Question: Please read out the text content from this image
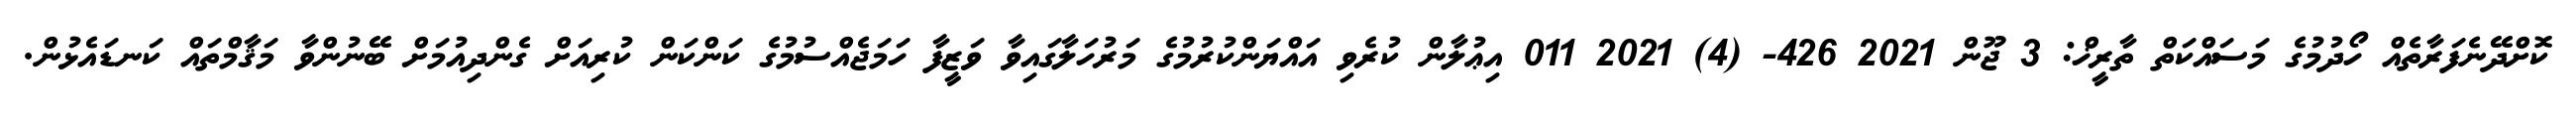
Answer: ކޮށްދޭނެފަރާތެއް ހޯދުމުގެ މަސައްކަތް ތާރީޚް: 3 ޖޫން 2021 426- (4) 2021 011 އިޢުލާން ކުރެވި އައްޔަންކުރުމުގެ މަރުހަލާގައިވާ ވަޒީފާ ހަމަޖެއްސުމުގެ ކަންކަން ކުރިއަށް ގެންދިއުމަށް ބޭނުންވާ މަޤާމްތައް ކަނޑައެޅުން.